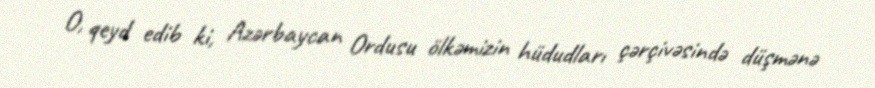
O, qeyd edib ki, Azərbaycan Ordusu ölkəmizin hüdudları çərçivəsində düşmənə